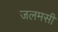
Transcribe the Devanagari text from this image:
जलमसी